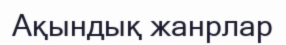
Ақындық жанрлар